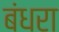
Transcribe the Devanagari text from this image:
बंधरा